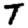
Digit: 7